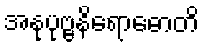
အနုပုဗ္ဗနိရောဓောတိ